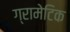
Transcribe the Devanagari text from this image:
ग्रामेटिक